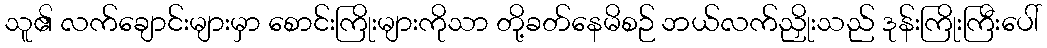
သူ၏ လက်ချောင်းများမှာ စောင်းကြိုးများကိုသာ တို့ခတ်နေမိစဉ် ဘယ်လက်ညှိုးသည် ဒုန်းကြိုးကြီးပေါ်